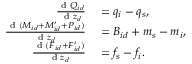
\begin{array} { r l } { \frac { \textnormal { d } Q _ { i d } } { \textnormal { d } z _ { d } } } & { { } = q _ { i } - q _ { s } , } \\ { \frac { \textnormal { d } ( M _ { i d } + M _ { i d } ^ { \prime } + P _ { i d } ) } { \textnormal { d } z _ { d } } } & { { } = B _ { i d } + m _ { s } - m _ { i } , } \\ { \frac { \textnormal { d } ( F _ { i d } + F _ { i d } ^ { \prime } ) } { \textnormal { d } z _ { d } } } & { { } = f _ { s } - f _ { i } . } \end{array}